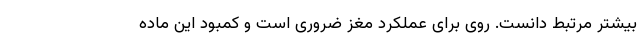
بیشتر مرتبط دانست. روی برای عملکرد مغز ضروری است و کمبود این ماده